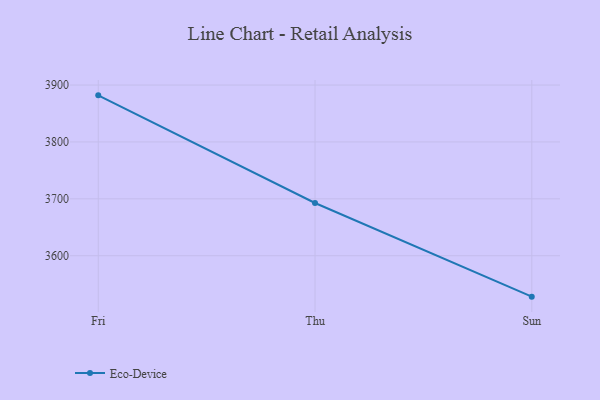
{"axis": {"x": "Day", "y": "Tickets Resolved"}, "legend": ["Eco-Device"], "data": [{"x": "Fri", "y": 3881.9, "type": "Eco-Device"}, {"x": "Thu", "y": 3692.7, "type": "Eco-Device"}, {"x": "Sun", "y": 3528.1, "type": "Eco-Device"}]}